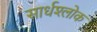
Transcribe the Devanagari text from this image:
सार्धश्लोक